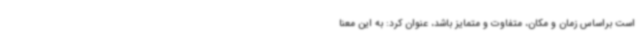
است براساس زمان و مکان، متفاوت و متمایز باشد، عنوان کرد: به این معنا